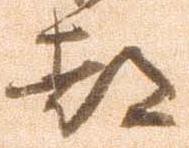
都